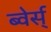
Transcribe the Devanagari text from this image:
ब्वेर्स्